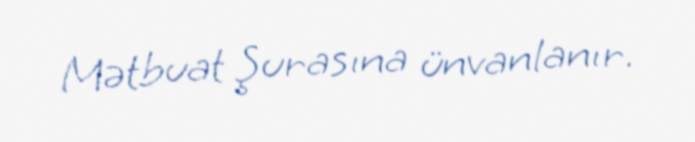
Mətbuat Şurasına ünvanlanır.